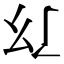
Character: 𢆴